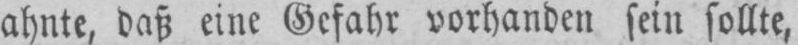
ahnte, daß eine Gefahr vorhanden sein sollte,